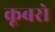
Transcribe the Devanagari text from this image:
कूबरो